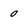
Character: 0